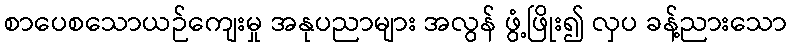
စာပေစသောယဉ်ကျေးမှု အနုပညာများ အလွန် ဖွံ့ဖြိုး၍ လှပ ခန့်ညားသော